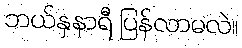
ဘယ်နှနာရီ ပြန်လာမလဲ။